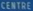
CENTRAL